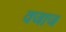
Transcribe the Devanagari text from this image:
वजाज